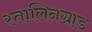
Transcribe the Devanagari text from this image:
स्तालिनग्राड